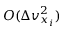
O ( \Delta v _ { x _ { i } } ^ { 2 } )